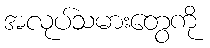
အလုပ်သမားတွေကို